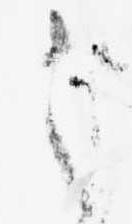
之